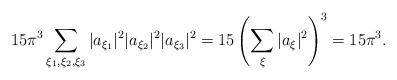
LaTeX: \begin{align*}15 \pi^3 \sum_{\xi_1, \xi_2, \xi_3}|a_{\xi_1}|^2|a_{\xi_2}|^2|a_{\xi_3}|^2= 15 \left(\sum_{ \xi}|a_{\xi}|^2\right)^3= 15\pi^3 .\end{align*}